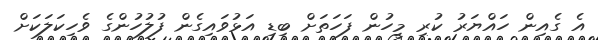
އެ ގެއިން ހައްޔަރު ކުރި މީހުން ފަހަތަށް ބިޑި އަޅުވައިގެން ފުލުހުންގެ ވެހިކަލަކަށް